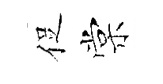
促棠